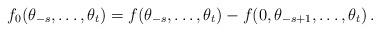
LaTeX: \begin{align*} f_0(\theta_{-s},\ldots,\theta_t)=f(\theta_{-s},\ldots,\theta_t)-f(0,\theta_{-s+1},\ldots,\theta_t)\,.\end{align*}